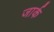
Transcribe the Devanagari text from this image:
जार्क